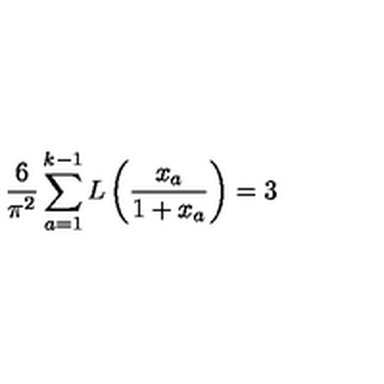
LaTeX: \frac { 6 } { \pi ^ { 2 } } \sum _ { a = 1 } ^ { k - 1 } L \left( \frac { x _ { a } } { 1 + x _ { a } } \right) = 3 \,